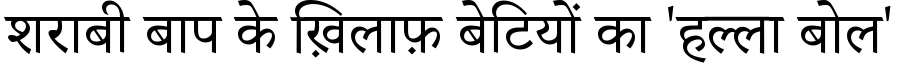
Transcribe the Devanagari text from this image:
शराबी बाप के ख़िलाफ़ बेटियों का 'हल्ला बोल'